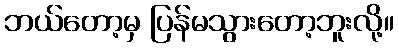
ဘယ်တော့မှ ပြန်မသွားတော့ဘူးလို့။